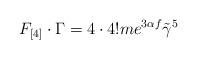
LaTeX: \begin{align*}F_{[4]}\cdot\Gamma=4\cdot4!me^{3\alpha f}\tilde\gamma^5\end{align*}